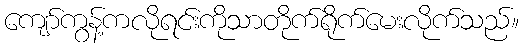
ကျော်ကွန့်ကလိုရင်းကိုသာတိုက်ရိုက်မေးလိုက်သည်။